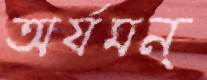
অর্যমন্